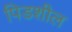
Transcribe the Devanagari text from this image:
पिडशील